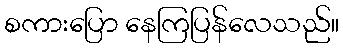
စကားပြော နေကြပြန်လေသည်။